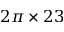
2 \pi \times 2 3